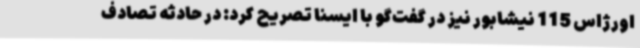
اورژاس 115 نیشابور نیز در گفت‌گو با ایسنا تصریح کرد: در حادثه تصادف